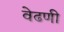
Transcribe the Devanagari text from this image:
वेढणी